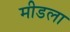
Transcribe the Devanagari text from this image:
मीडला